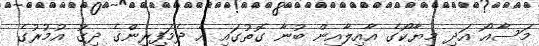
މަސާއޯ އަދި މިޔާކޯގެ އާއިލާއިން ބުނާ ގޮތުގައި އެ ދެމަފިރިންގެ ދިގު އުމުރުގެ